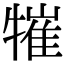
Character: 𤛍